Scottish Leaving Certificate Examination, 1961
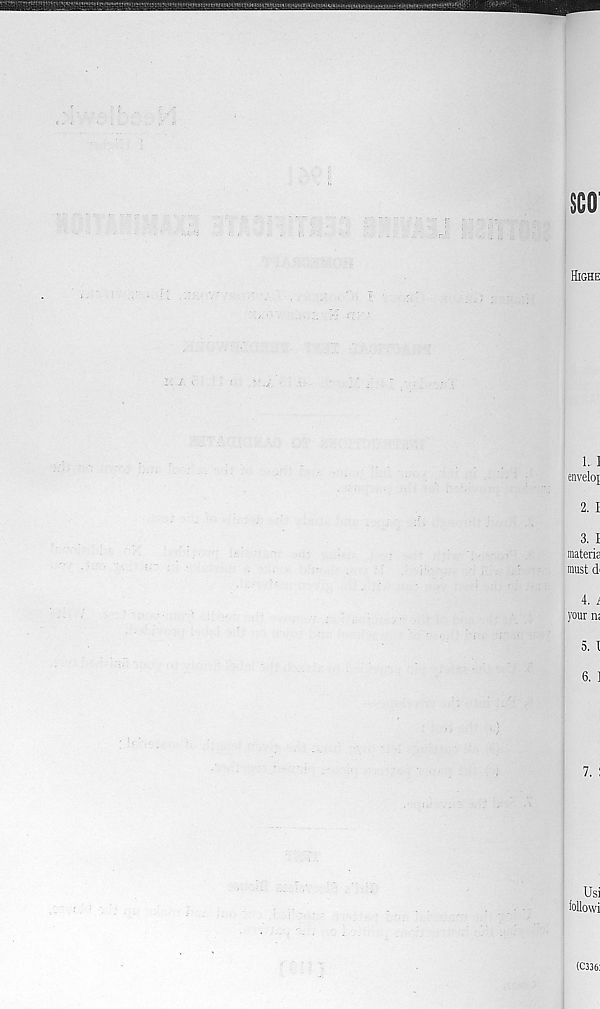
SCO
Highe
1. ]
enveloj
2. I
3. I
materia
must d
4. i
your n;
5. I
6. ]
Usi
followi
(C336: